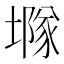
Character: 𡑖